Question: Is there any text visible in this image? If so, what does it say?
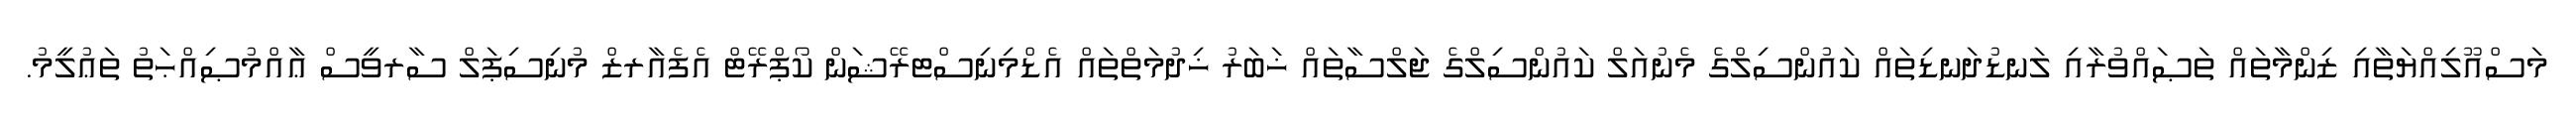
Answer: މަސްއޫލިއްޔަތާއި ޒިންމާތައް ތަޞައްވުރާއި ލަނޑުދަނޑިތައް ކައުންސިލްގެ މެނުއަލް ކައުންސިލްގެ ޖަލްސާތައް ޚަބަރު ޚިދުމަތްތައް އެޑްމިނިސްޓރޭޝަން ކޯޕްރޭޓް އެފެއާރޒް މުނިސިޕަލް ސާރވީސް ޢާއްމުޞިއްޙަތު ތަޢުލީމު.